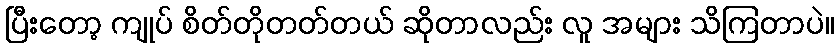
ပြီးတော့ ကျုပ် စိတ်တိုတတ်တယ် ဆိုတာလည်း လူ အများ သိကြတာပဲ။